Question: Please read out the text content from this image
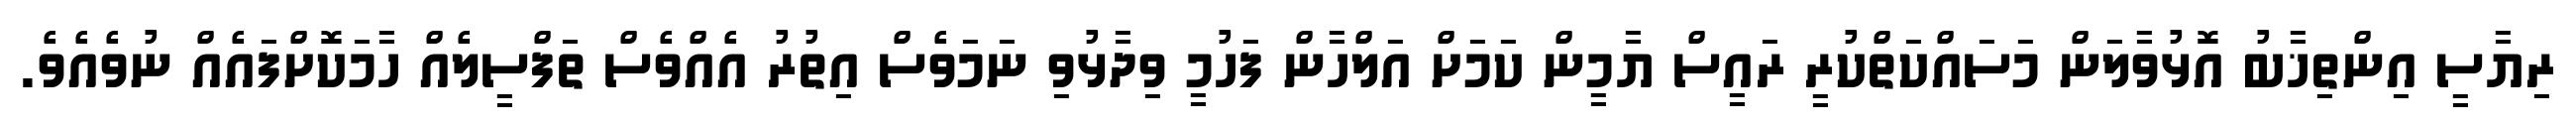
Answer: ރިޔާސީ އިންތިޚާބު އޮޅުވާލަން މަސައްކަތްކުރީ ރައީސް ޔާމީން ކަމަށް އަލްހާން ފަހުމީ ވިދާޅުވި ނަމަވެސް އިތުރު އެއްވެސް ތަފްސީލެއް ހާމަކޮށްފައެއް ނުވެއެވެ.